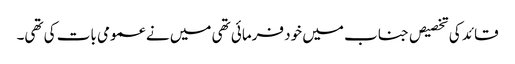
قائد کی تخصیص جناب میں خود فرمائی تھی میں نے عمومی بات کی تھی۔